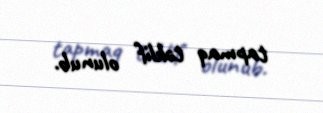
tapmaq təklif olunub.